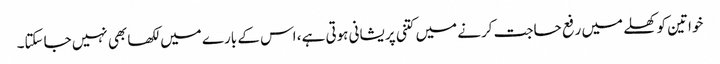
خواتین کو کھلے میں رفع حاجت کرنے میں کتنی پریشانی ہوتی ہے، اس کے بارے میں لکھا بھی نہیں جاسکتا۔